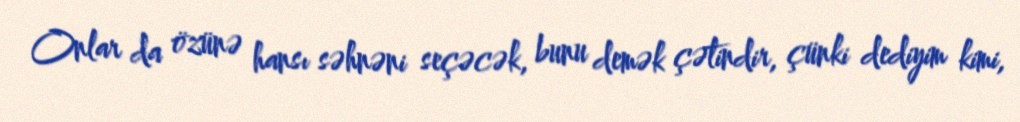
Onlar da özünə hansı səhnəni seçəcək, bunu demək çətindir, çünki dediyim kimi,